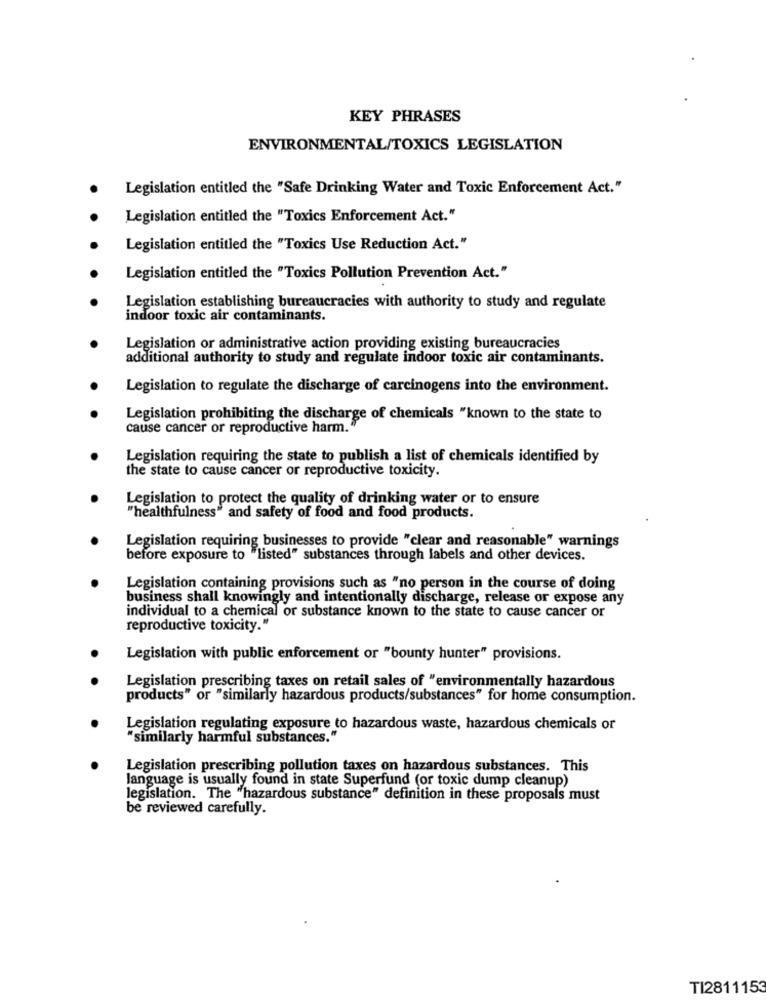
KEY PHRASES
ENVIRONMENTAL/TOXICS LEGISLATION
Legislation entitled the "Safe Drinking Water and Toxic Enforcement Act."
Legislation entitled the "Toxics Enforcement Act."
Legislation entitled the "Toxics Use Reduction Act."
Legislation entitled the "Toxics Pollution Prevention Act."
Legislation establishing bureaucracies with authority to study and regulate
indoor toxic air contaminants.
Legislation or administrative action providing existing bureaucracies
additional authority to study and regulate indoor toxic air contaminants.
Legislation to regulate the discharge of carcinogens into the environment.
Legislation prohibiting the discharge of chemicals "known to the state to
cause cancer or reproductive harm."
Legislation requiring the state to publish a list of chemicals identified by
the state to cause cancer or reproductive toxicity.
Legislation to protect the quality of drinking water or to ensure
"healthfulness" and safety of food and food products.
Legislation requiring businesses to provide "clear and reasonable" warnings
before exposure to "listed" substances through labels and other devices.
Legislation containing provisions such as "no person in the course of doing
business shall knowingly and intentionally discharge, release or expose any
individual to a chemical or substance known to the state to cause cancer or
reproductive toxicity."
Legislation with public enforcement or "bounty hunter" provisions.
Legislation prescribing taxes on retail sales of "environmentally hazardous
products" or "similarly hazardous products/substances" for home consumption.
Legislation regulating exposure to hazardous waste, hazardous chemicals or
"similarly harmful substances."
Legislation prescribing pollution taxes on hazardous substances. This
language is usually found in state Superfund (or toxic dump cleanup)
legislation. The "hazardous substance" definition in these proposals must
be reviewed carefully.
TI2811153